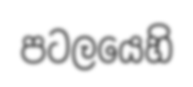
පටලයෙහි